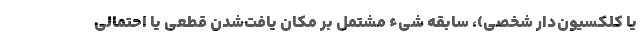
یا کلکسیون‌دار شخصی)، سابقه شیء مشتمل بر مکان یافت‌شدن قطعی یا احتمالی